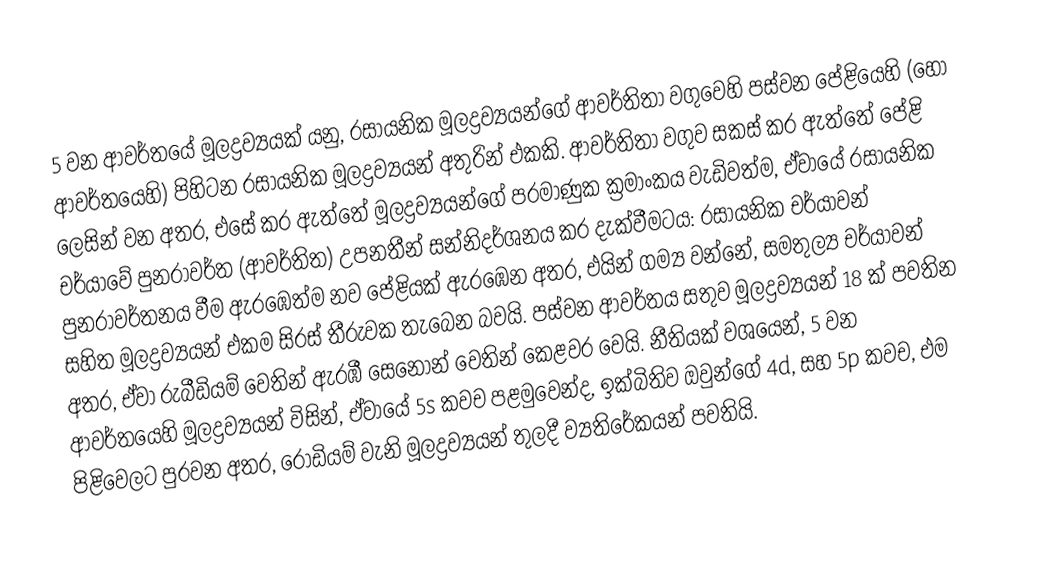
5 වන ආවර්තයේ මූලද්‍රව්‍යයක් යනු, රසායනික මූලද්‍රව්‍යයන්ගේ ආවර්තිතා වගුවෙහි පස්වන පේළියෙහි (හෝ ආවර්තයෙහි) පිහිටන රසායනික මූලද්‍රව්‍යයන් අතුරින් එකකි. ආවර්තිතා වගුව සකස් කර ඇත්තේ පේළි ලෙසින් වන අතර, එසේ කර ඇත්තේ මූලද්‍රව්‍යයන්ගේ පරමාණුක ක්‍රමාංකය වැඩිවත්ම, ඒවායේ රසායනික චර්යාවේ පුනරාවර්ත (ආවර්තිත)  උපනතීන් සන්නිදර්ශනය කර දැක්වීමටය: රසායනික චර්යාවන් පුනරාවර්තනය වීම ඇරඹෙත්ම නව පේළියක් ඇරඹෙන අතර, එයින් ගම්‍ය වන්නේ, සමතුල්‍ය චර්යාවන් සහිත මූලද්‍රව්‍යයන් එකම සිරස් තීරුවක තැබෙන බවයි. පස්වන ආවර්තය සතුව මූලද්‍රව්‍යයන් 18 ක් පවතින අතර, ඒවා  රුබීඩියම් වෙතින් ඇරඹී  සෙනෝන් වෙතින් කෙළවර වෙයි. නීතියක් වශයෙන්, 5 වන ආවර්තයෙහි මූලද්‍රව්‍යයන් විසින්, ඒවායේ  5s කවච පළමුවෙන්ද, ඉක්බිතිව ඔවුන්ගේ 4d, සහ 5p කවච, එම පිළිවෙලට පුරවන අතර, රෝඩියම් වැනි මූලද්‍රව්‍යයන් තුලදී ව්‍යතිරේකයන් පවතියි.